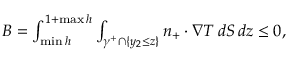
\begin{array} { r } { B = \int _ { \operatorname* { m i n } h } ^ { 1 + \operatorname* { m a x } h } \int _ { \gamma ^ { + } \cap \{ y _ { 2 } \leq z \} } n _ { + } \cdot \nabla T \, d S \, d z \leq 0 , } \end{array}